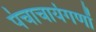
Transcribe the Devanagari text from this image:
पंचाचार्यगणों